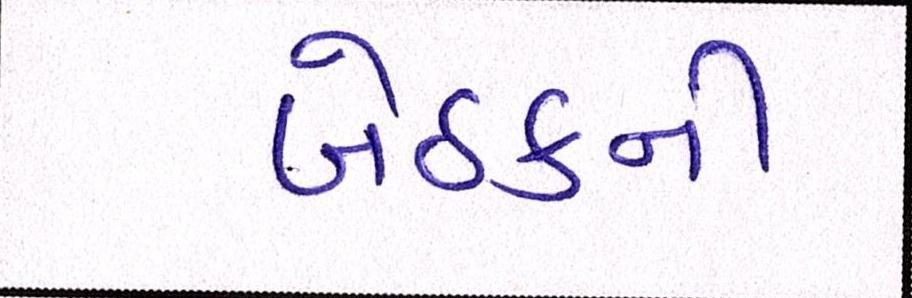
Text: બેઠકની